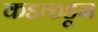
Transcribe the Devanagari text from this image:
कडकडून